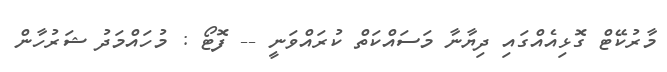
މާރުކޭޓް ގޮޅިއެއްގައި ދިޔާނާ މަސައްކަތް ކުރައްވަނީ -- ފޮޓޯ : މުހައްމަދު ޝަރުހާން